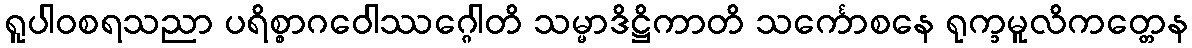
ရူပါဝစရသညာ ပရိစ္စာဂဝေါဿဂ္ဂေါတိ သမ္မာဒိဋ္ဌိကာတိ သင်္ကောစနေ ရုက္ခမူလိကတ္တေန